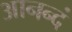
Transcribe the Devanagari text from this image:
आनन्दं